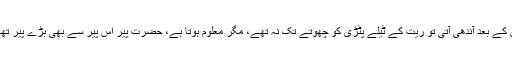
اس کے بعد آندھی آتی تو ریت کے ٹیلے پٹڑی کو چھوتے تک نہ تھے، مگر معلوم ہوتا ہے، حضرت پِیر اس پِیر سے بھی بڑے پِیر تھے۔